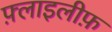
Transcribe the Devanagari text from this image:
फ़्लाइलीफ़